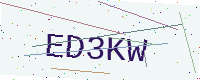
Text: ED3KW